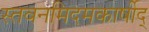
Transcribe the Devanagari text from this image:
स्तवनमिदमकार्षीद्